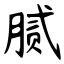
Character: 腻